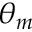
\theta _ { m }